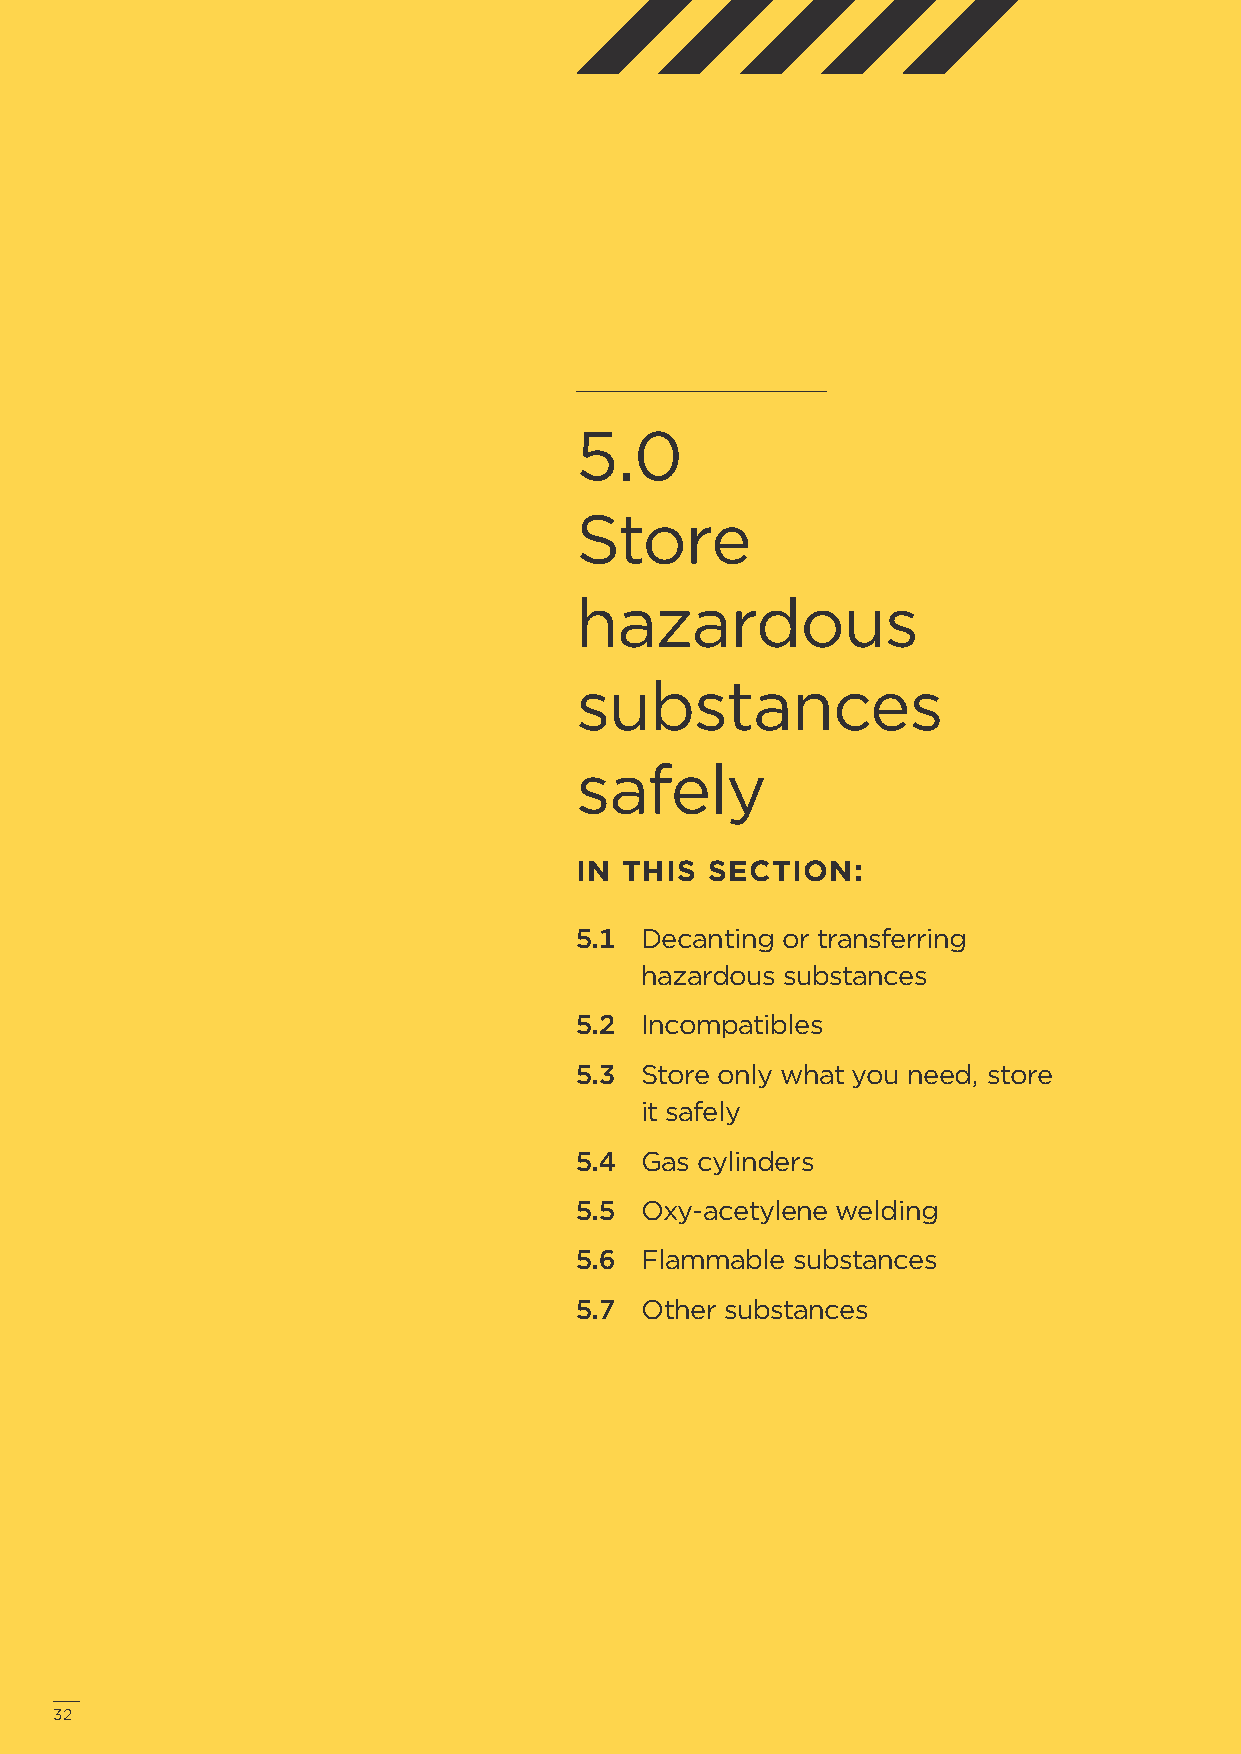
5.0
 Store
 hazardous
 substances
 safely
 IN THIS  SECTION:
 5.1 Decanting or transferring
 hazardous substances
 5.2 Incompatibles
 5.3 Store only what you need, store
 it safely
 5.4 Gas cylinders
 5.5 Oxy-acetylene welding
 5.6 Flammable  substances
 5.7 Other substances
 3322